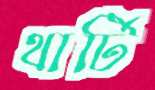
থার্টি